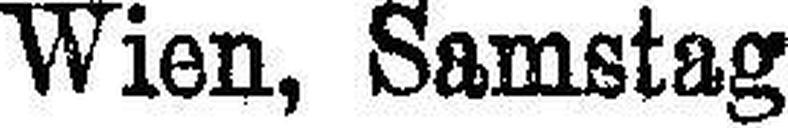
Wien, Samstag